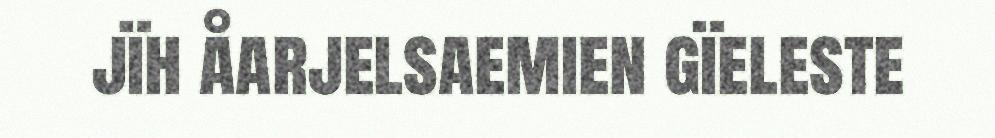
jïh åarjelsaemien gïeleste